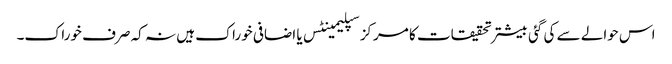
اس حوالے سے کی گئی بیشتر تحقیقات کا مرکز سپلیمینٹس یا اضافی خوراک ہیں نہ کہ صرف خوراک۔